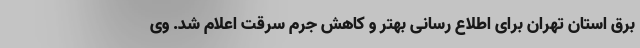
برق استان تهران برای اطلاع رسانی بهتر و کاهش جرم سرقت اعلام شد. وی